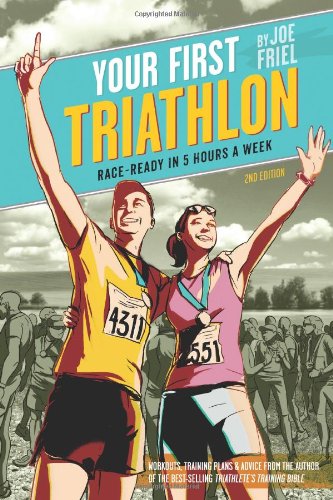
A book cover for Your First Triathlon, 2nd Ed.: Race-Ready in 5 Hours a Week; Joe Friel; Health, Fitness & Dieting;